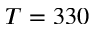
T = 3 3 0